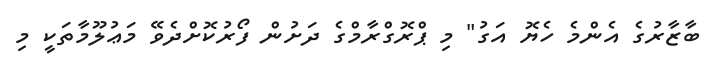
ބާޒާރުގެ އެންމެ ހެޔޮ އަގު" މި ޕްރޮގްރާމްގެ ދަށުން ފޯރުކޮށްދެވޭ މަޢުލޫމާތަކީ މި